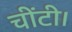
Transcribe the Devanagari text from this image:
चींटी।